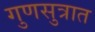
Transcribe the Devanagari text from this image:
गुणसुत्रात